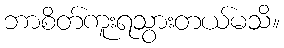
ဘာစိတ်ကူးရသွားတယ်မသိ။